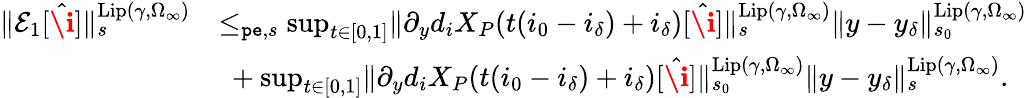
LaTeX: \begin{array}{rl}{\rVert\mathcal{E}_{1}[\hat{\textbf{\i}}]\rVert_{s}^{\mathrm{Lip}(\gamma,\Omega_{\infty})}}&{\le_{\mathtt{pe},s}\operatorname*{sup}_{t\in[0,1]}\rVert\partial_{y}d_{i}X_{P}(t(i_{0}-i_{\delta})+i_{\delta})[\hat{\textbf{\i}}]\rVert_{s}^{\mathrm{Lip}(\gamma,\Omega_{\infty})}\rVert y-y_{\delta}\rVert_{s_{0}}^{\mathrm{Lip}(\gamma,\Omega_{\infty})}}\\ &{\ +\operatorname*{sup}_{t\in[0,1]}\rVert\partial_{y}d_{i}X_{P}(t(i_{0}-i_{\delta})+i_{\delta})[\hat{\textbf{\i}}]\rVert_{s_{0}}^{\mathrm{Lip}(\gamma,\Omega_{\infty})}\rVert y-y_{\delta}\rVert_{s}^{\mathrm{Lip}(\gamma,\Omega_{\infty})}.}\end{array}